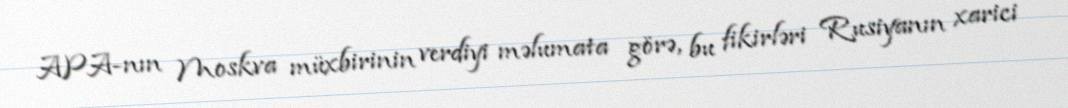
APA-nın Moskva müxbirinin verdiyi məlumata görə, bu fikirləri Rusiyanın xarici